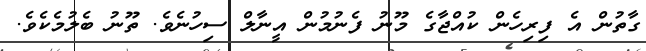
ގާތުން އެ ފިރިހެން ކުއްޖާގެ މޫނު ފެނުމުން އީނާލް ސިހުނެވެ. ތޫނު ބެލުމެކެވެ.